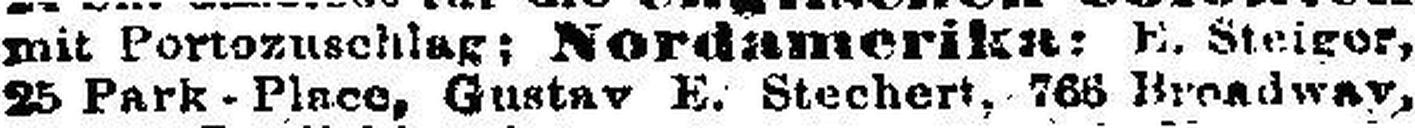
25 Park - Place, Gustav E. Stechert, 768 Broadway,